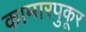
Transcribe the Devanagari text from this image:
कामारपुकूर